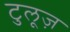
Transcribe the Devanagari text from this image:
टुलूज़